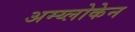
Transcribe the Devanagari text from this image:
अम्य्लोकेन